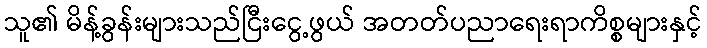
သူ၏ မိန့်ခွန်းများသည်ငြီးငွေ့ဖွယ် အတတ်ပညာရေးရာကိစ္စများနှင့်